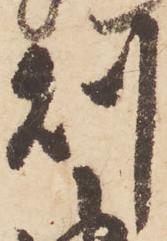
則